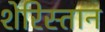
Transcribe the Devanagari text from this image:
शेरिस्तान